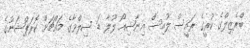
ބްރެޒިލްގެ ކުރީގެ ރައީސް ލުއިސް އިނާޝިއޯ ލޫލާ ޑަ ސިލްވާގެ މައްޗަށް ކޮރަޕްޝަނުގެ